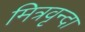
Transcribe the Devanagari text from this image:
मित्रवृन्दा